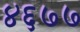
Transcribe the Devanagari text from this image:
४६७७